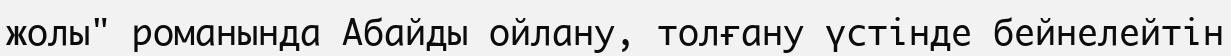
жолы" романында Абайды ойлану, толғану үстінде бейнелейтін